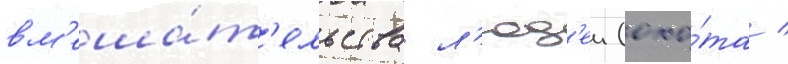
вм'еша́т'ельства л'юд'еи (охо́та /